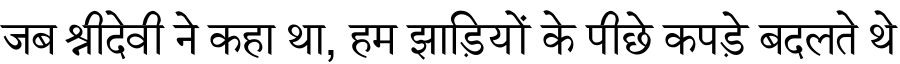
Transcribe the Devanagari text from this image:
जब श्रीदेवी ने कहा था, हम झाड़ियों के पीछे कपड़े बदलते थे